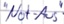
Text: "Not-Aus"